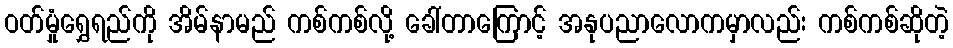
ဝတ်မှုံရွှေရည်ကို အိမ်နာမည် ကစ်ကစ်လို့ ခေါ်တာကြောင့် အနုပညာလောကမှာလည်း ကစ်ကစ်ဆိုတဲ့